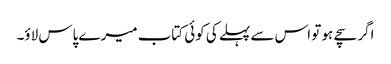
اگر سچے ہو تو اس سے پہلے کی کوئی کتاب میرے پاس لاؤ۔